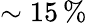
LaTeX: \sim 15\, \%